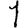
Digit: 1